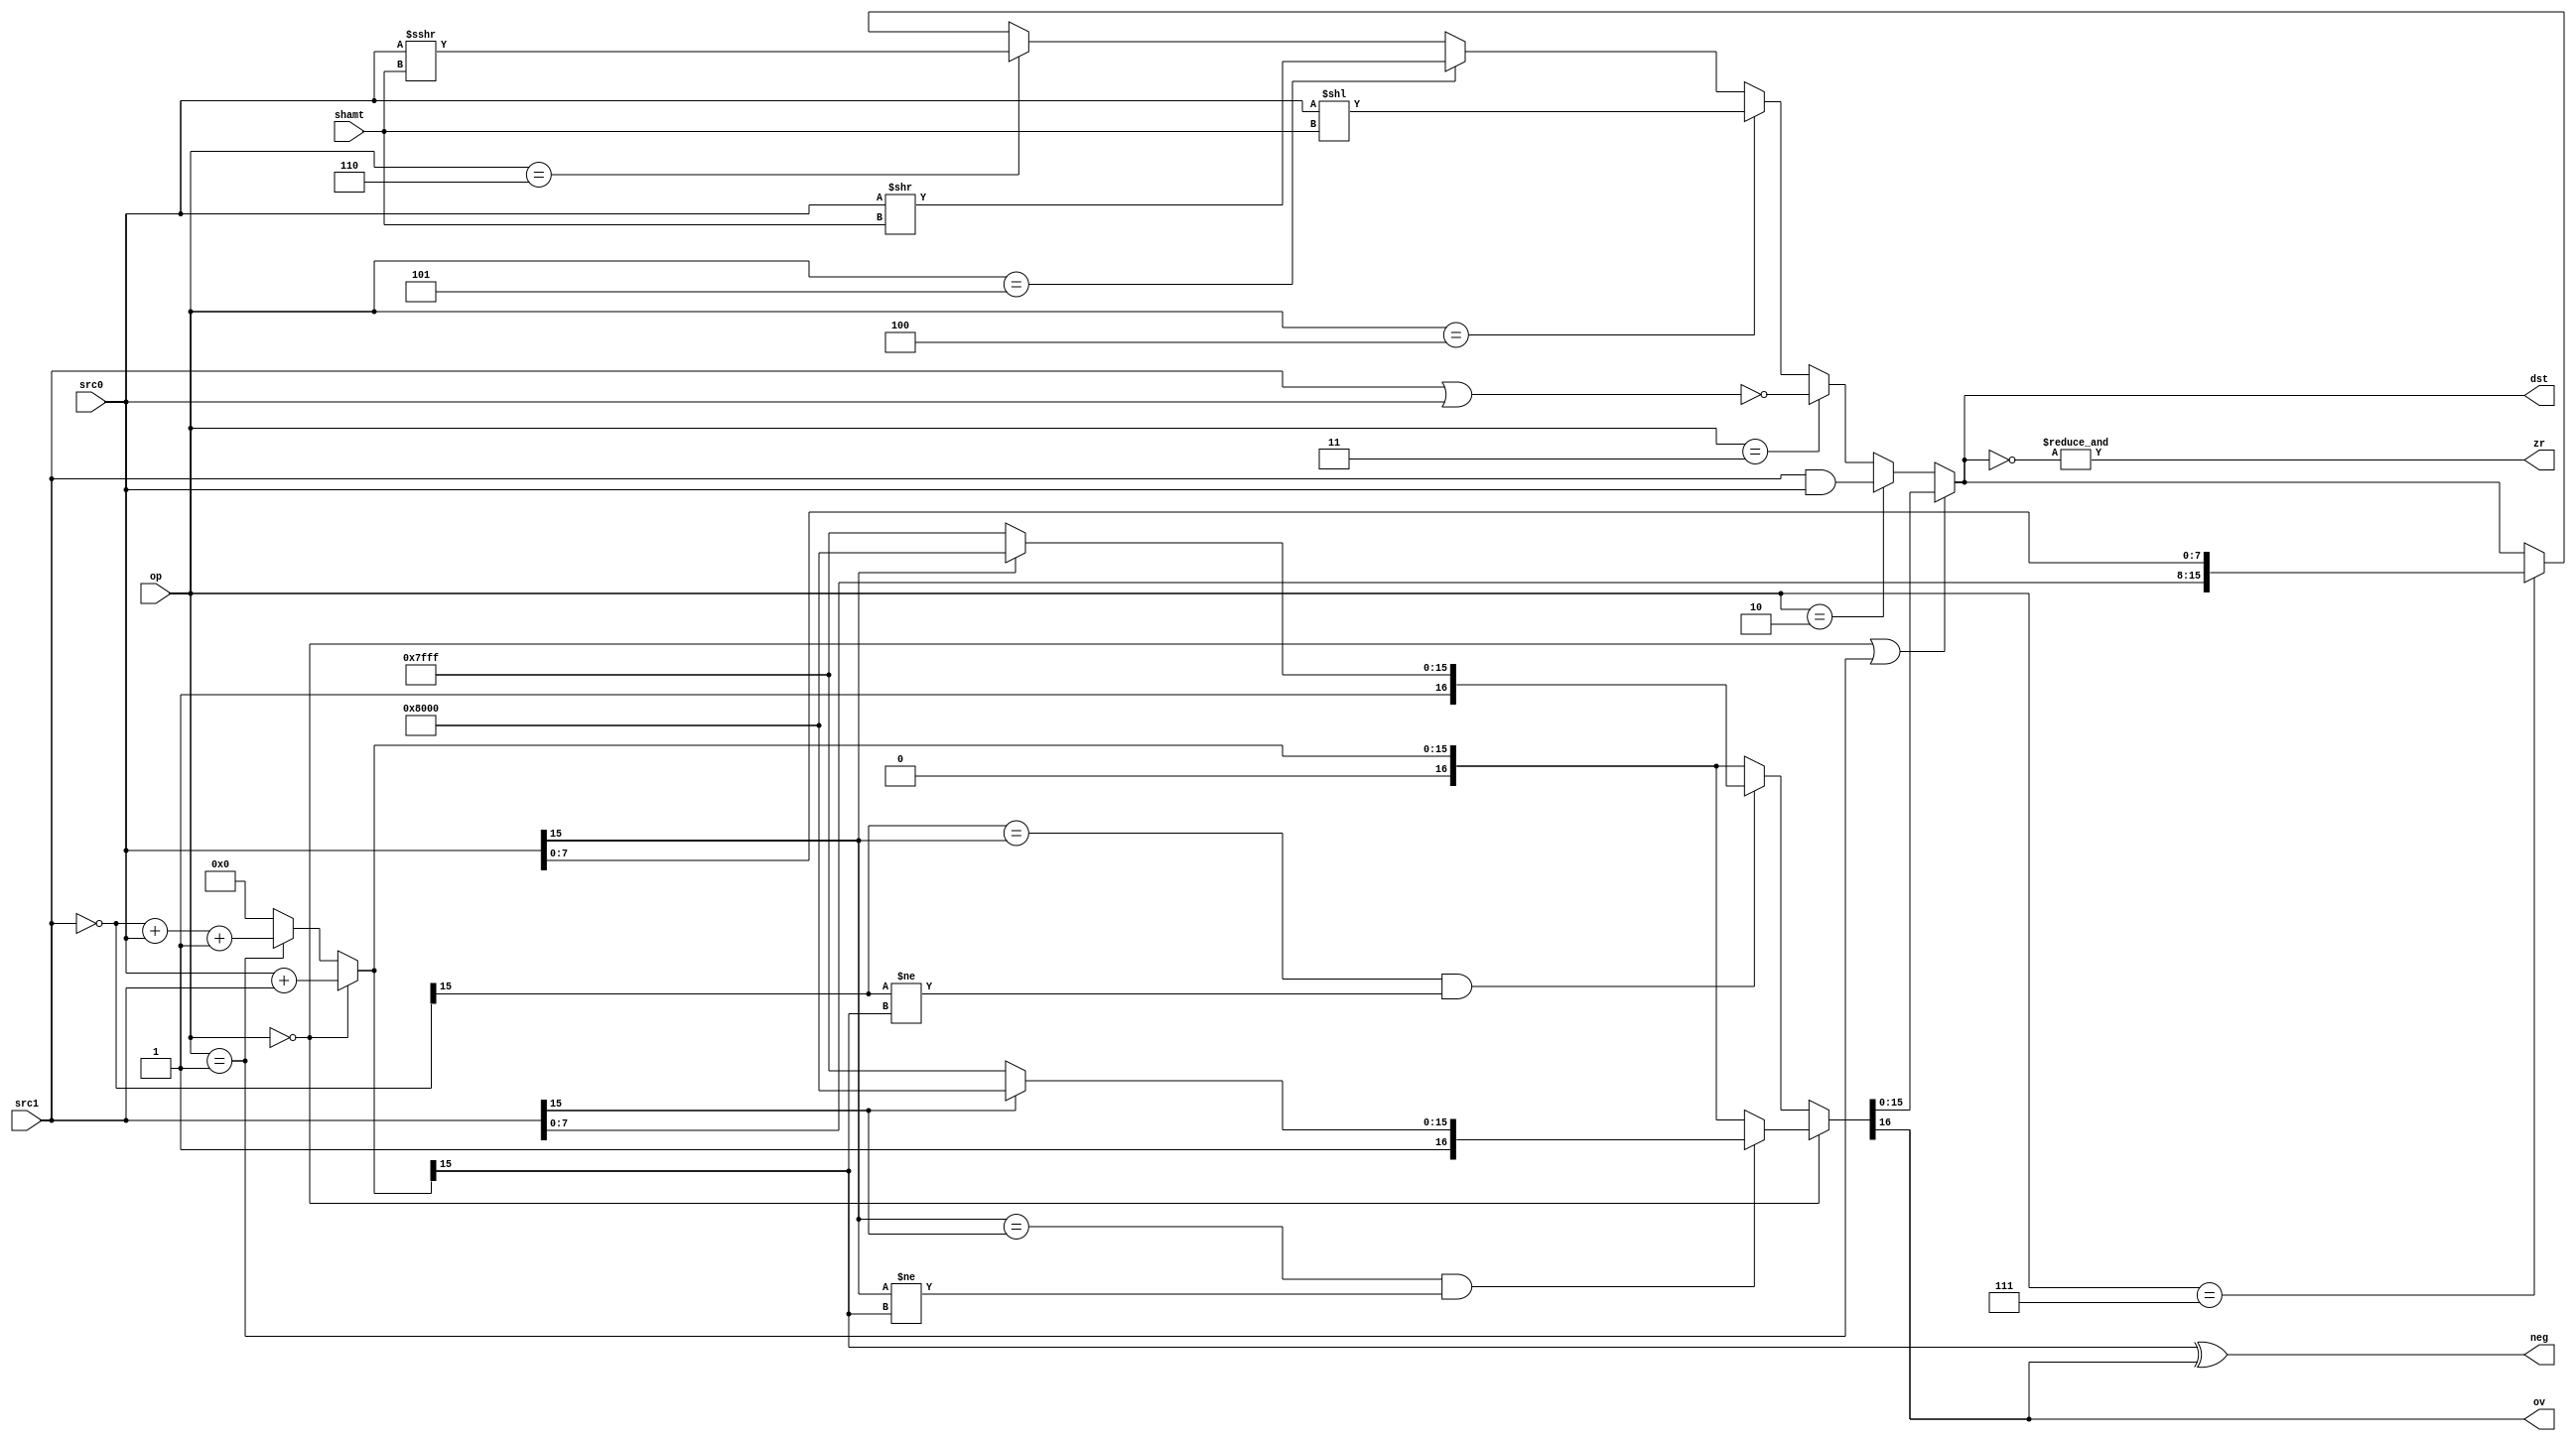
module ALU(src0, src1, op, shamt, dst, ov, zr, neg);

	//I/O Ports
	input [15:0] src0, src1;
	input [3:0] shamt;
	input [2:0] op;
	output [15:0] dst;
	output ov, zr, neg;
  wire cout; 
  //Local
  wire [15:0] intermediate, src1Not, mathResult, shiftInter;
  localparam POSITIVE_SATURATION = 16'h7FFF;
  localparam NEGATIVE_SATURATION = 16'h8000;

  //Operations
  localparam OP_ADD = 3'b000;
  localparam OP_SUB = 3'b001;
  localparam OP_AND = 3'b010;
  localparam OP_NOR = 3'b011;
  localparam OP_SLL = 3'b100;
  localparam OP_SRL = 3'b101;
  localparam OP_SRA = 3'b110;
  localparam OP_LHB = 3'b111;
	
  //Get Bitwise NOT of SRC0 for subtraction
	assign src1Not = ~(src1);
	
	//Do math w/ saturation
	assign {cout, intermediate} =  (op == OP_ADD)	? (src0 + src1)		:   
						                   (op == OP_SUB)	?	(src1Not + src0 + 1)	: //carry in a 1 for subtraction and use negated src1
						                   {1'b0, 16'b0};   

    //determines if overflow occurred based on the MSBs of src0 and src1 and the results of the intermediate math op above
	assign	{ov, mathResult}		=	(op == OP_ADD) ? 
	                           (((src0[15] == src1[15]) && (src0[15] != intermediate[15]))	? 
	                               ((src1[15]) ? {1'b1, NEGATIVE_SATURATION} : {1'b1, POSITIVE_SATURATION}) :
	                               {1'b0, intermediate}) :
	                           (((src1Not[15] == src0[15]) && (src1Not[15] != intermediate[15]))	?
	                               ((src0[15]) ? {1'b1, NEGATIVE_SATURATION} : {1'b1, POSITIVE_SATURATION}) :
	                               {1'b0, intermediate});

    //if op was add or sub, just assign output to mathResult computed above
    // otherwise use the basic alu operations
	assign dst =	(op == OP_ADD || op == OP_SUB)	?	mathResult		:
			(op == OP_AND)			?	src1 & src0		:
			(op == OP_NOR)			?	~(src1 | src0)		:
			(op == OP_SLL)			?	src0 << shamt	:
			(op == OP_SRL)			?	src0 >> shamt	:
			(op == OP_SRA)			?	shiftInter : //$signed(src0) >>> shamt	:
			(op == OP_LHB)			?	{src1[7:0], src0[7:0]}	:   //immediate val is on src1  
										    dst;
	
	assign shiftInter = $signed(src0) >>> shamt; 	  //arithmetic shift

	assign zr = &(~dst);		//zero flag is all 0s
	
	assign neg = intermediate[15] ^ ov;	//negative if MSB xor Overflow

endmodule

//OLD TESTBENCH
/*module tALU;
  reg [15:0] src0, src1;
  reg[2:0] op;
  reg[3:0] shamt;
  reg[100:0] i; 
  wire [15:0] out; 
  wire ov, zr; 
  
  localparam DISPLAY_OVERFLOW = 1'b0;

  localparam ADD = 3'b000;
  localparam SUB = 3'b001;
  localparam AND = 3'b010;
  localparam NOR = 3'b011;
  localparam SLL = 3'b100;
  localparam SRL = 3'b101;
  localparam SRA = 3'b110;
  localparam LHB = 3'b111;
  
  ALU DUT(src0, src1, op, shamt, out, ov, zr);

  initial begin
    shamt = 1; 
    src0 = 16'h6666;
    src1 = 16'h0004;
    op = ADD;
    display;
    op = SUB;
    display;
    op = AND;
    display;
    op = NOR;
    display;
    op = SLL;
    display;
    op = SRL;
    display;
    op = SRA;
    display;
    op = LHB;
    display; 
    
    for(i = 0; i < 100000; i = i + 1) begin
      src0 = $random;
      src1 = $random;
      op = ADD;
      #5; 
      if(out != (src0 + src1) && (!ov))begin
          $display("Error");
          display;
          $stop;
      end
      if(ov && DISPLAY_OVERFLOW) display; 
      
      if(zr && (out != 0)) begin
        display;
        $display("Error");
        $stop;
      end  
    end 
    $display("ADD Passed"); 
    
    for(i = 0; i < 100000; i = i + 1) begin
      src0 = $random;
      src1 = $random;
      op = SUB;
      #5; 
      if(out != (src1 - src0) && (!ov))begin
          $display("Error");
          display;
          $stop;
      end
      if(ov && DISPLAY_OVERFLOW) display;
      
      if(zr && (out != 0)) begin
        display;
        $display("Error");
        $stop;
      end
        
    end 
    $display("SUB Passed");
  
    for(i = 0; i < 100000; i = i + 1) begin
      src0 = $random;
      src1 = $random;
      op = AND;
      #5; 
      if(out != (src1 & src0))begin
          $display("Error");
          display;
          $stop;
      end
      
      if(zr && (out != 0)) begin
        display;
        $display("Error");
        $stop;
      end
         
    end 
    $display("AND Passed");
    
    for(i = 0; i < 100000; i = i + 1) begin
      src0 = $random;
      src1 = $random;
      op = NOR;
      #5; 
      if(out != ~(src1 | src0))begin
          $display("Error");
          display;
          $stop;
      end
      
      if(zr && (out != 0)) begin
        display;
        $display("Error");
        $stop;
      end
         
    end 
    $display("NOR Passed");    
    
    for(i = 0; i < 100000; i = i + 1) begin
      src0 = $random;
      shamt = $random;
      op = SLL;
      #5; 
      if(out != (src0 << shamt))begin
          $display("Error");
          display;
          $stop;
      end
      
      if(zr && (out != 0)) begin
        display;
        $display("Error");
        $stop;
      end
         
    end 
    $display("SLL Passed");
    
    for(i = 0; i < 100000; i = i + 1) begin
      src0 = $random;
      shamt = $random;
      op = SRL;
      #5; 
      if(out != (src0 >> shamt))begin
          $display("Error");
          display;
          $stop;
      end
      
      if(zr && (out != 0)) begin
        display;
        $display("Error");
        $stop;
      end        
    end 
    $display("SRL Passed");
    
    for(i = 0; i < 100000; i = i + 1) begin
      src0 = $random;
      shamt = $random;
      op = SRA;
      #5; 
      if(out != (src0 >>> shamt))begin
          $display("Error");
          display;
          $stop;
      end
      if(zr && (out != 0)) begin
        display;
        $display("Error");
        $stop;
      end
         
    end 
    $display("SRA Passed");
    
    for(i = 0; i < 100000; i = i + 1) begin
      src0 = $random;
      src1 = $random;
      op = LHB;
      #5; 
      if(out != {src1[7:0], src0[7:0]})begin
          $display("Error");
          display;
          $stop;
      end
      if(zr && (out != 0)) begin
        display;
        $display("Error");
        $stop;
      end
         
    end 
    $display("LHB Passed");
    
  end
  
  task display;
    begin
      #5;
      $display("src0: %h src1: %h op: %b out: %h  ov: %b  zr: %b  shamt: %d", src0, src1, op, out, ov, zr, shamt);
    end
  endtask
endmodule
 */